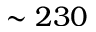
\sim 2 3 0